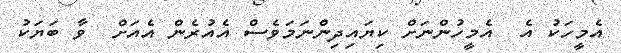
އެމީހަކު އެ  އެމީހުންނަށް ކިޔައިދިންނަމަވެސް އެއުރެން އެއަށް  ވާ ބަޔަކު